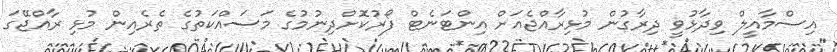
އިސްމާއީލް ވިދާޅުވީ ދިރާގުން މުޅިރާއްޖެއަށް އިންޓަނެޓް ފޯރުކޮށްދިނުމުގެ މަސައްކަތުގެ ތެރެއިން މުޅި ރާއްޖޭގަ